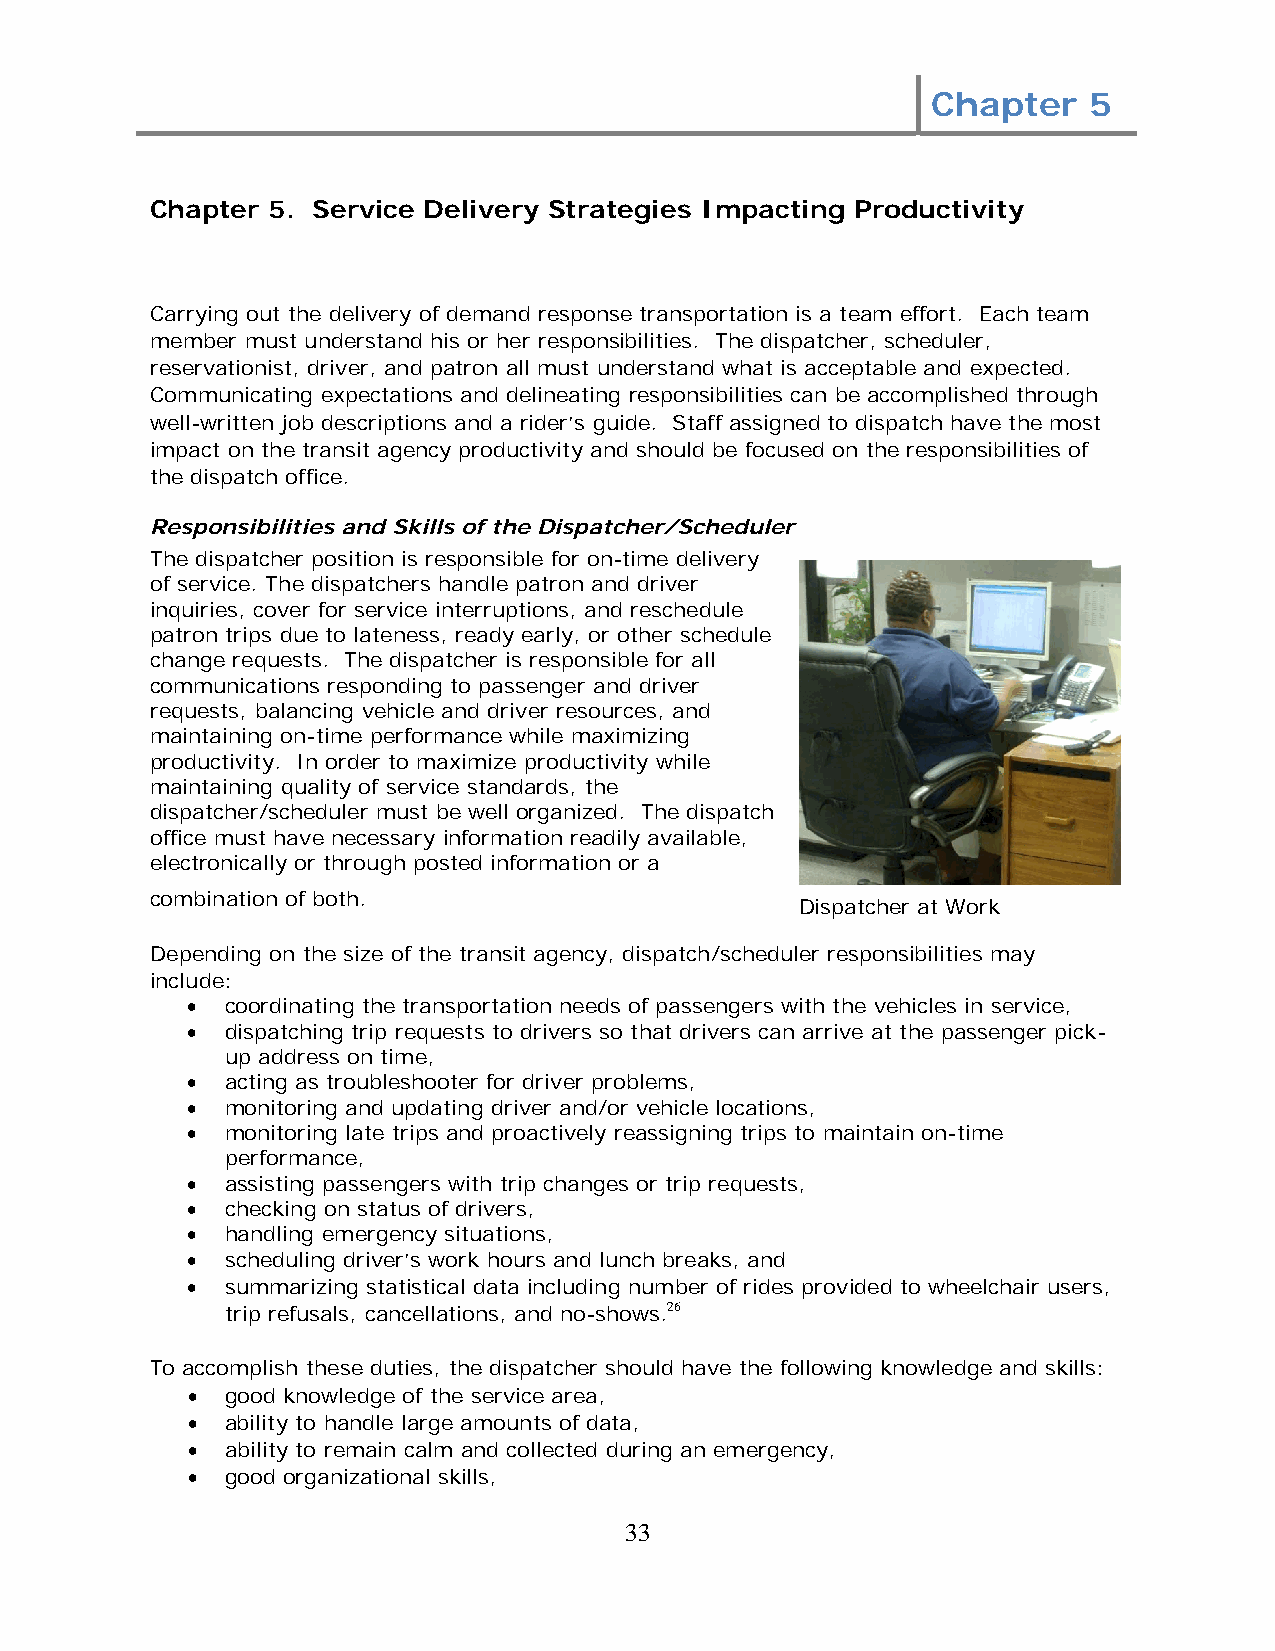
Chapter   5
 Chapter 5. Service Delivery Strategies Impacting Productivity
 Carrying out the delivery of demand response transportation is a team effort. Each team
 member must understand his or her responsibilities. The dispatcher, scheduler,
 reservationist, driver, and patron all must understand what is acceptable and expected.
 Communicating expectations and delineating responsibilities can be accomplished through
 well-written job descriptions and a rider’s guide. Staff assigned to dispatch have the most
 impact on the transit agency productivity and should be focused on the responsibilities of
 the dispatch office.
 Responsibilities and Skills of the Dispatcher/Scheduler
 The dispatcher position is responsible for on-time delivery
 of service. The dispatchers handle patron and driver
 inquiries, cover for service interruptions, and reschedule
 patron trips due to lateness, ready early, or other schedule
 change requests. The dispatcher is responsible for all
 communications responding to passenger and driver
 requests, balancing vehicle and driver resources, and
 maintaining on-time performance while maximizing
 productivity. In order to maximize productivity while
 maintaining quality of service standards, the
 dispatcher/scheduler must be well organized. The dispatch
 office must have necessary information readily available,
 electronically or through posted information or a
 combination of both.
 Dispatcher at Work
 Depending on the size of the transit agency, dispatch/scheduler responsibilities may
 include:
 •  coordinating the transportation needs of passengers with the vehicles in service,
 •  dispatching trip requests to drivers so that drivers can arrive at the passenger pick-
 up address on time,
 •  acting as troubleshooter for driver problems,
 •  monitoring and updating driver and/or vehicle locations,
 •  monitoring late trips and proactively reassigning trips to maintain on-time
 performance,
 •  assisting passengers with trip changes or trip requests,
 •  checking on status of drivers,
 •  handling emergency situations,
 •  scheduling driver’s work hours and lunch breaks, and
 •  summarizing statistical data including number of rides provided to wheelchair users,
 trip refusals, cancellations, and no-shows.26
 To accomplish these duties, the dispatcher should have the following knowledge and skills:
 •  good knowledge of the service area,
 •  ability to handle large amounts of data,
 •  ability to remain calm and collected during an emergency,
 •  good organizational skills,
 33